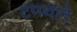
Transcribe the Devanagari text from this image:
टप्प्याने